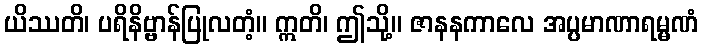
ယိဿတိ၊ ပရိနိဗ္ဗာန်ပြုလတံ့။ ဣတိ၊ ဤသို့။ ဇာနနကာလေ အပ္ပမာဏာရမ္မဏံ